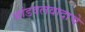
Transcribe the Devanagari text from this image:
भांडवलवादाचे